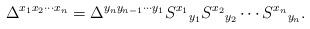
LaTeX: \begin{align*}\Delta^{x_1x_2\cdots x_n}= \Delta^{y_n y_{n-1}\cdots y_1} S^{x_1}{}_{y_1}S^{x_2}{}_{y_2}\cdots S^{x_n}{}_{y_n}.\end{align*}